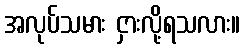
အလုပ်သမား ငှားလို့ရသလား။